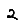
Digit: 2